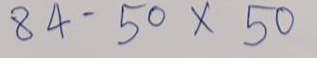
84 - 50 x 50